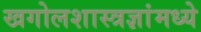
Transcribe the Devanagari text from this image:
खगोलशास्त्रज्ञांमध्ये